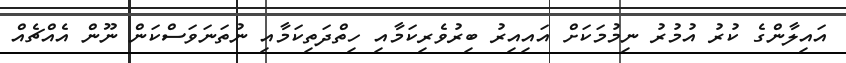
އައިލާންގެ ކުރު އުމުރު ނިމުމަކަށް އައިއިރު ބިރުވެރިކަމާއި ހިތްދަތިކަމާއި ނުތަނަވަސްކަން ނޫން އެއްޗެއް